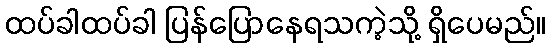
ထပ်ခါထပ်ခါ ပြန်ပြောနေရသကဲ့သို့ ရှိပေမည်။